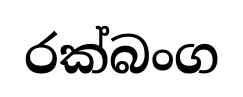
රක්බංග